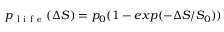
p _ { \mathrm { ~ l ~ i ~ f ~ e ~ } } ( \Delta S ) = p _ { 0 } ( 1 - e x p ( - \Delta S / S _ { 0 } ) )